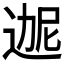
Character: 𬨬